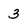
Character: 3